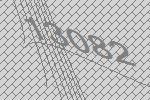
13082